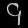
Digit: ၄